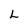
Character: L